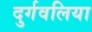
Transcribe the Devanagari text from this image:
दुर्गवलिया